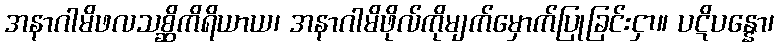
အနာဂါမိဖလသစ္ဆိကိရိယာယ၊ အနာဂါမိဖိုလ်ကိုမျက်မှောက်ပြုခြင်းငှာ။ ပဋိပန္နော၊